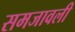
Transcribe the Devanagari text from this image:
समजावली